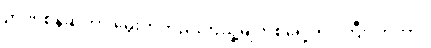
ဉာဏ်စိန်ဆိုတာ မွေးကတည်းကသူ့မျက်စိရှေ့တင်ကြီးလာတာ။